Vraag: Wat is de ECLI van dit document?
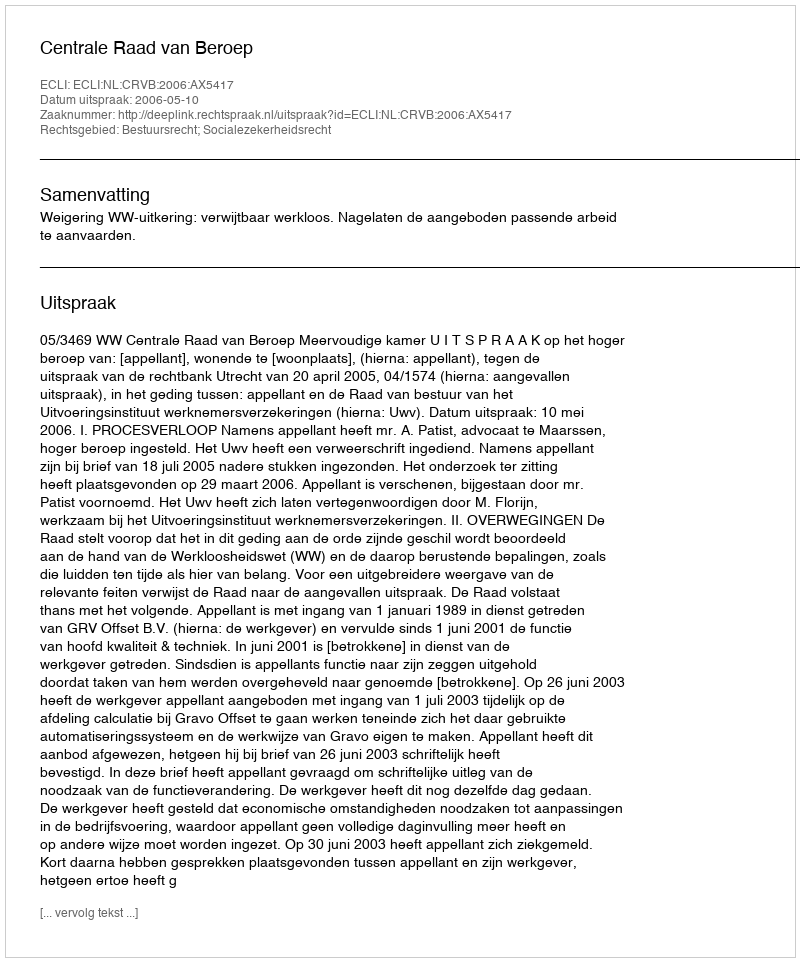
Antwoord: ECLI:NL:CRVB:2006:AX5417